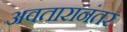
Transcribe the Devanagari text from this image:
अवतारानंतर